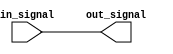
module non_inverting_buffer (
    input  wire             in_signal,
    output reg              out_signal
);

    always @ (in_signal)
    begin
        out_signal <= in_signal;
    end

endmodule